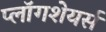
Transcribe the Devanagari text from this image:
प्लॉगशेयर्स